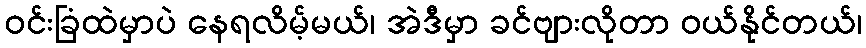
ဝင်းခြံထဲမှာပဲ နေရလိမ့်မယ်၊ အဲဒီမှာ ခင်ဗျားလိုတာ ဝယ်နိုင်တယ်၊